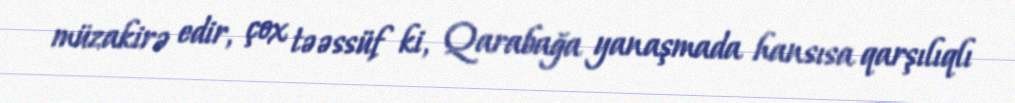
müzakirə edir, çox təəssüf ki, Qarabağa yanaşmada hansısa qarşılıqlı